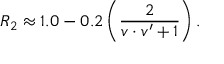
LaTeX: R _ { 2 } \approx 1 . 0 - 0 . 2 \, \bigg ( { \frac { 2 } { v \cdot v ^ { \prime } + 1 } } \bigg ) \, .